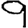
Digit: 9